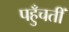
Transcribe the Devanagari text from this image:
पहुँचतीं